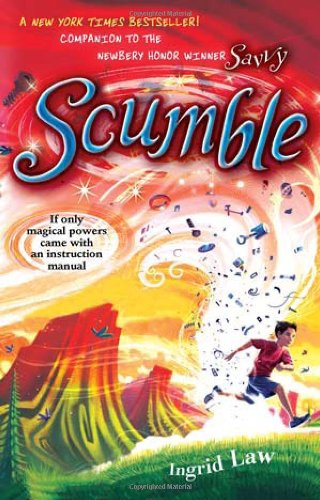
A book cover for Scumble; Ingrid Law; Children's Books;